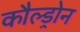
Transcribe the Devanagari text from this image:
कौल्ड्रोन